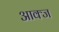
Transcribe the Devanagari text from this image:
आक्ज